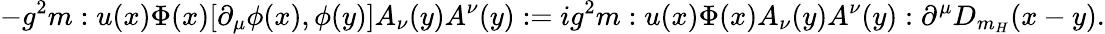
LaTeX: -g^{2}m:u(x)\Phi(x)[\partial_{\mu}\phi(x),\phi(y)]A_{\nu}(y)A^{\nu}(y):=ig^{2}m:u(x)\Phi(x)A_{\nu}(y)A^{\nu}(y):\partial^{\mu}D_{m_{H}}(x-y).